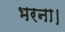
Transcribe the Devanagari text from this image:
भरना।